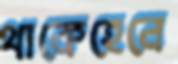
থাকেহেনে